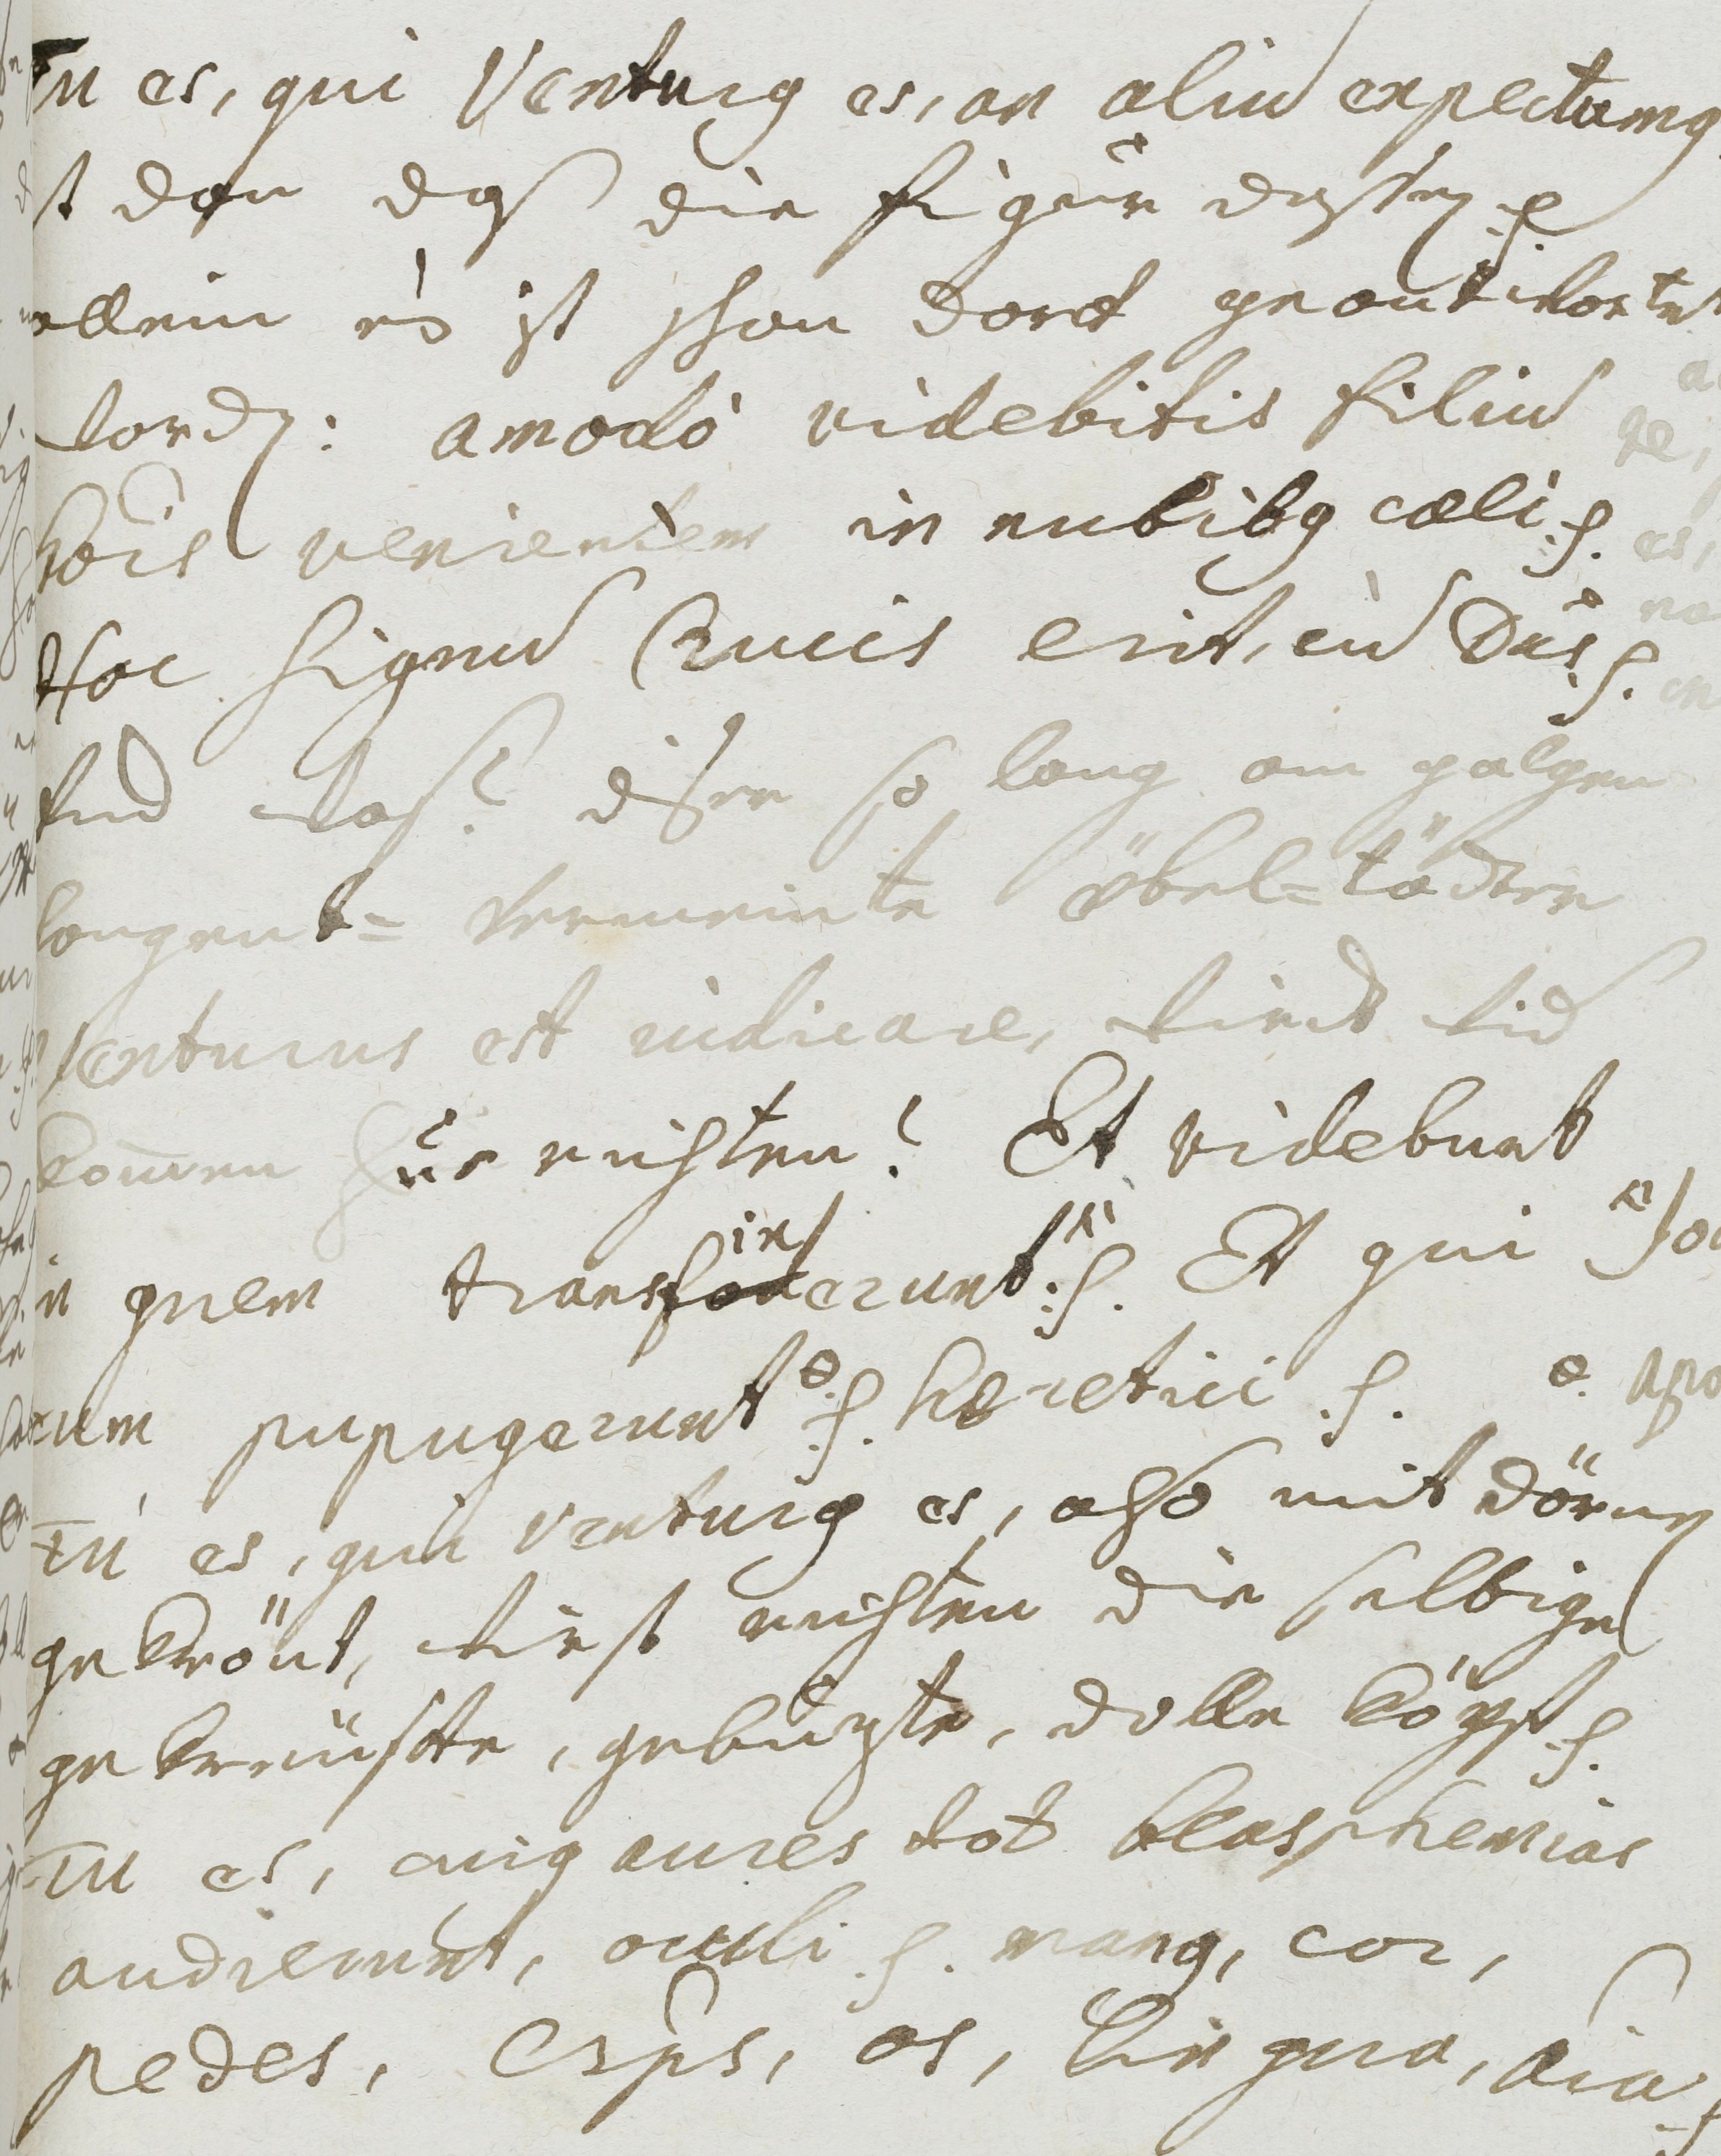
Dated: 1677–1691